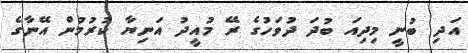
އަދި ބުނީ މިދިއަ ބުދަ ދުވަހުގެ ރޭ މުއީދު އަނިޔާ ކުރުމުން އޭނާގެ